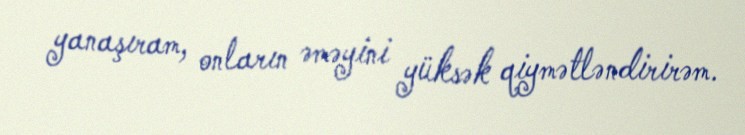
yanaşıram, onların əməyini yüksək qiymətləndirirəm.